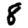
Digit: 8